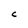
Character: C